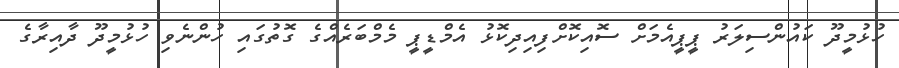
ހުޅުމީދޫ ކައުންސިލަރު ޕީޕީއެމަށް ސޮއިކޮށްފިއިދިކޮޅު އެމްޑީޕީ މެމްބަރެއްގެ ގޮތުގައި ހުންނެވި ހުޅުމީދޫ ދާއިރާގެ